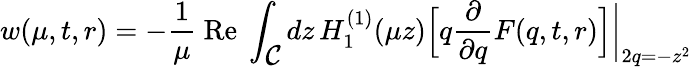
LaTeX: w(\mu,t,r)=-\frac{1}{\mu}\mathrm{~Re~}\int_{\textstyle{\cal C}}dz\, H_{1}^{(1)}(\mu z)\Bigl[q\frac{\partial}{\partial q}F(q,t,r)\Bigr]\biggl|_{2q=-z^{2}}